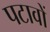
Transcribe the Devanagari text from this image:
पटावों